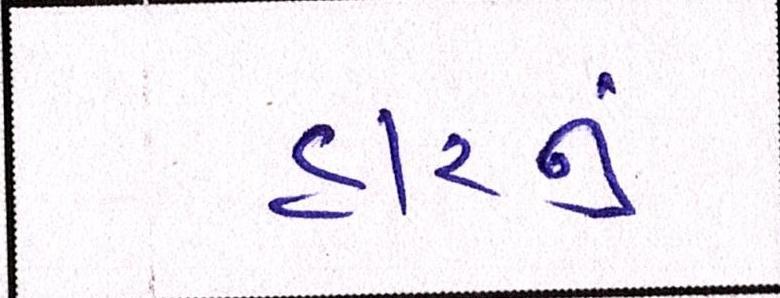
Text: હારનું